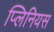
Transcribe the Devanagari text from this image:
प्लिनियस